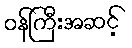
ဝန်ကြီးအဆင့်